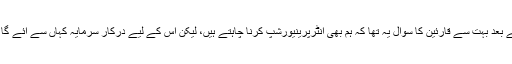
اس مضمون کے پہلے حصے کی اشاعت کے بعد بہت سے قارئین کا سوال یہ تھا کہ ہم بھی انٹرپرینیورشپ کرنا چاہتے ہیں، لیکن اس کے لیے درکار سرمایہ کہاں سے آئے گا، ہم کون سا کاروبار کریں اور کیسے کریں؟